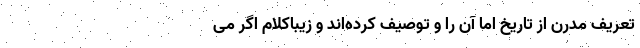
تعریف مدرن از تاریخ اما آن را و توصیف کرده‌اند و زیباکلام اگر می‌